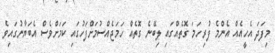
މިފަދަ އެހީއެއް އެންމެ ފުރިހަމަ ގޮތެއްގައި ލިބޭނެ ގޮތެއް ހަމަޖެއްސުމަށްފަހުގައި ކަމަށްވެސް އެބަޔާނުގައިވެ